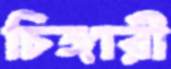
চিঙ্গারী